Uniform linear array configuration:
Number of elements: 32
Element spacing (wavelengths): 0.75
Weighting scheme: uniform
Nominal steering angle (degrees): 60
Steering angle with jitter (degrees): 61.754
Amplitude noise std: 0.05
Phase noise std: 0.05

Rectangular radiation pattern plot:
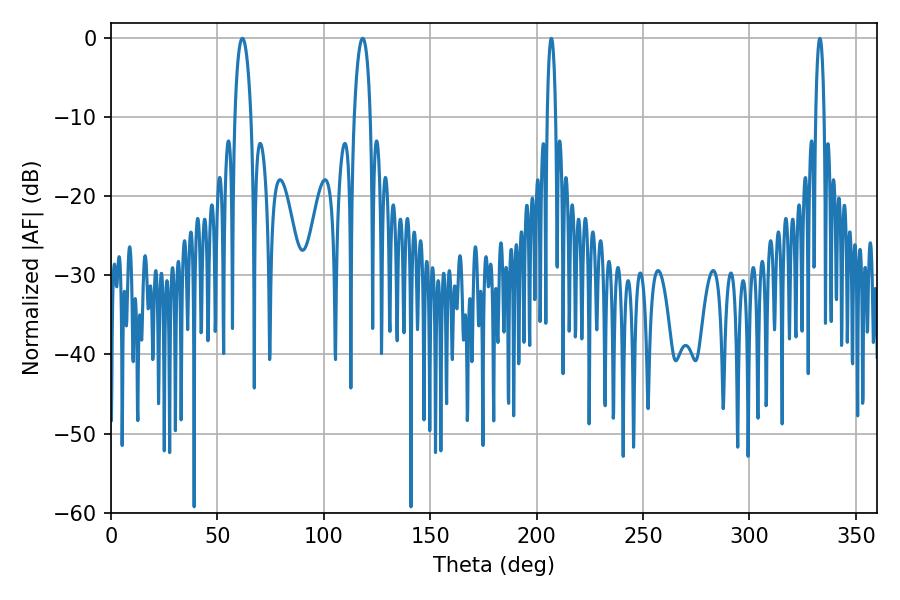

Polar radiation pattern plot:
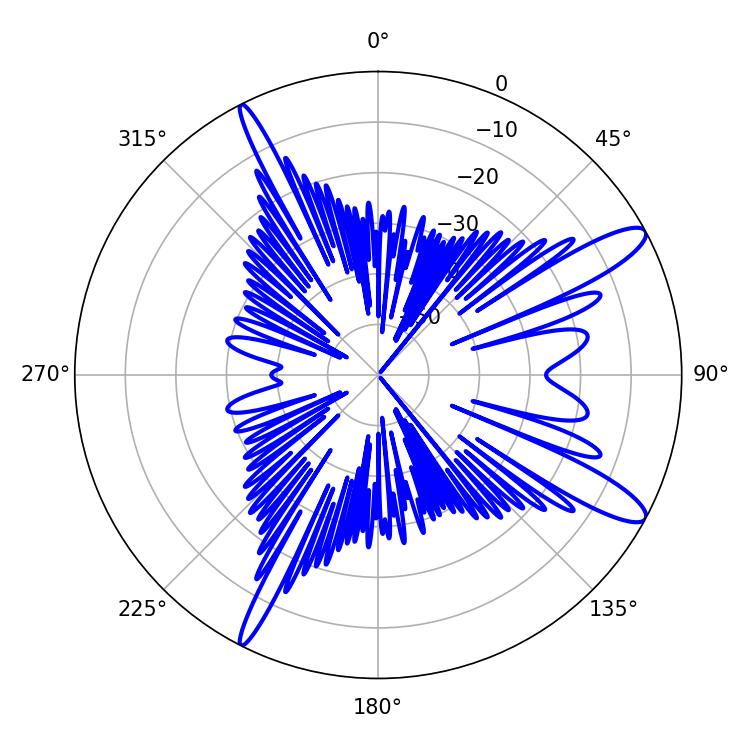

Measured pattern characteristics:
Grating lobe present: TRUE
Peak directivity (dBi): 12.494
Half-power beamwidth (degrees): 4.32
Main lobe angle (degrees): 61.74